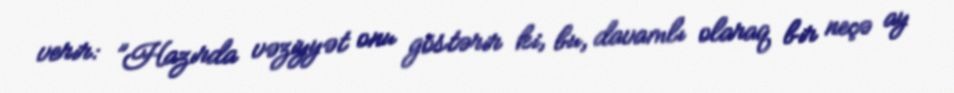
verir: ”Hazırda vəziyyət onu göstərir ki, bu, davamlı olaraq bir neçə ay